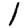
Digit: 1